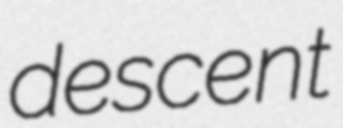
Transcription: descent